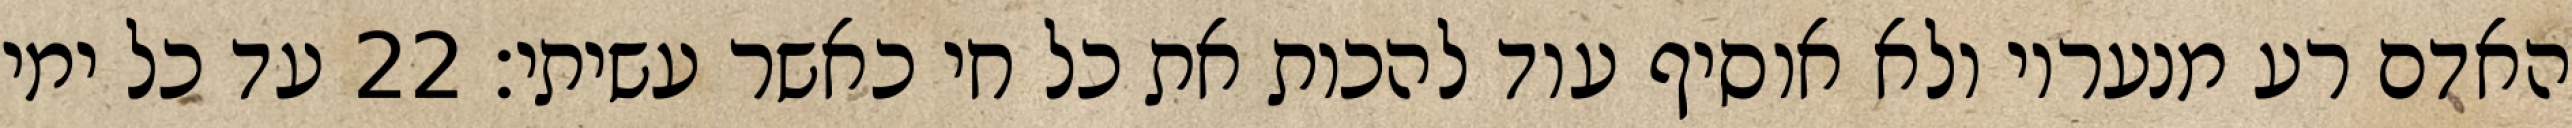
האדם רע מנעריו ולא אוסיף עוד להכות את כל חי כאשר עשיתי׃ ‎22‏ עד כל ימי